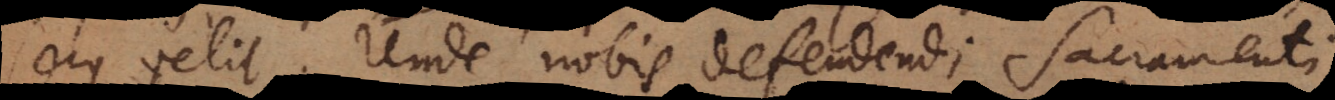
secus velit. Unde nobis defendendi Sacramenti